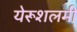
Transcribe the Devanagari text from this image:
येरूशलमी